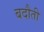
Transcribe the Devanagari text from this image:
बदौती